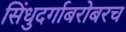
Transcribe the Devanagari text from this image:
सिंधुदर्गाबरोबरच